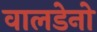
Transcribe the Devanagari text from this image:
वालडेनो